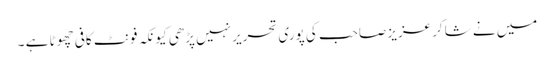
میں نے شاکر عزیز صاحب کی پوری تحریر نہیں پڑھی کیونکہ فونٹ کافی چھوٹا ہے ۔